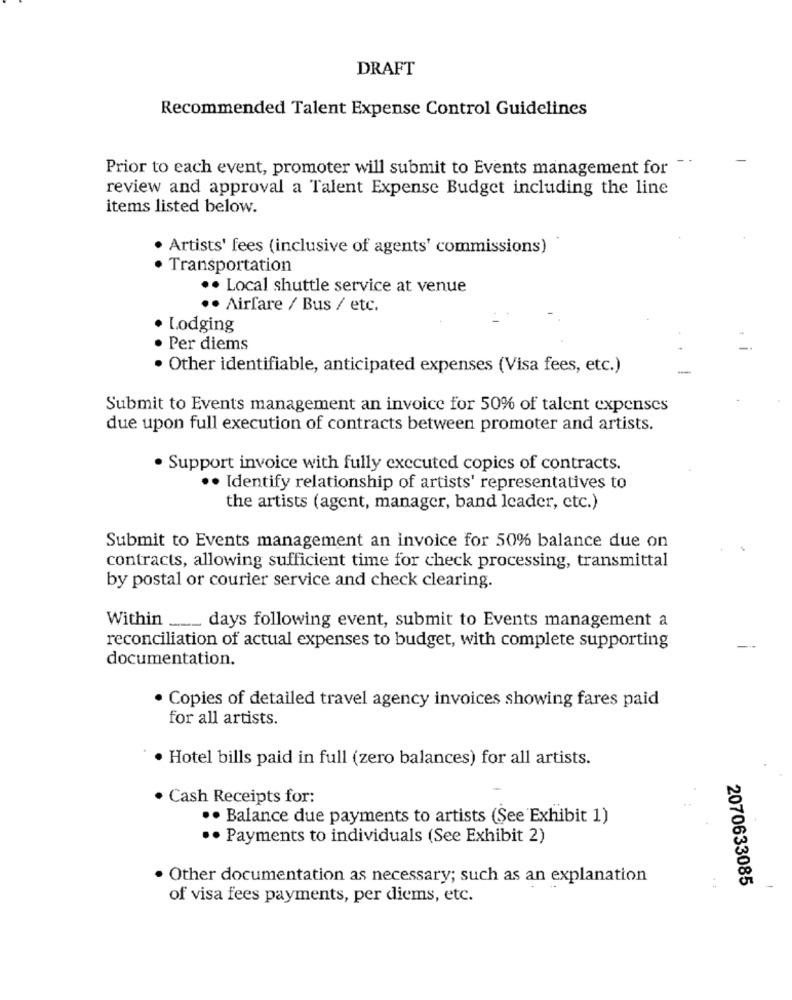
DRAFT
Recommended Talent Expense Control Guidelines
Prior to each event, promoter will submit to Events management for
-
review and approval a Talent Expense Budget including the line
items listed below.
. Artists' fees (inclusive of agents' commissions)
· Transportation
·· Local shuttle service at venue
. Airfare / Bus / etc.
· Lodging
· Per diems
· Other identifiable, anticipated expenses (Visa fees, etc.)
Submit to Events management an invoice for 50% of talent expenses
due upon full execution of contracts between promoter and artists.
. Support invoice with fully executed copies of contracts.
·· Identify relationship of artists' representatives to
the artists (agent, manager, band leader, etc.)
Submit to Events management an invoice for 50% balance due on
contracts, allowing sufficient time for check processing, transmittal
by postal or courier service and check clearing.
Within ___ days following event, submit to Events management a
reconciliation of actual expenses to budget, with complete supporting
documentation.
· Copies of detailed travel agency invoices showing fares paid
for all artists.
Hotel bills paid in full (zero balances) for all artists.
Cash Receipts for:
·· Balance due payments to artists (See 'Exhibit 1)
·· Payments to individuals (See Exhibit 2)
· Other documentation as necessary; such as an explanation
2070633085
of visa fees payments, per diems, etc.